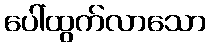
ပေါ်ထွက်လာသော